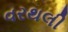
વરથલી